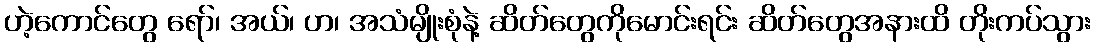
ဟဲ့ကောင်တွေ ရော်၊ အယ်၊ ဟ၊ အသံမျိုးစုံနဲ့ ဆိတ်တွေကိုမောင်းရင်း ဆိတ်တွေအနားထိ တိုးကပ်သွား